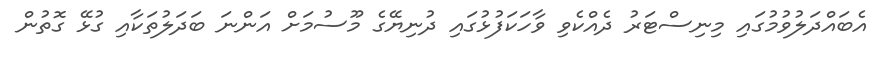
އެބައްދަލުވުމުގައި މިނިސްޓަރު ދެއްކެވި ވާހަކަފުޅުގައި ދުނިޔޭގެ މޫސުމަށް އަންނަ ބަދަލުތަކާއި ގުޅޭ ގޮތުން